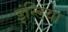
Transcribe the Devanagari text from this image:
इंन्डिया